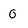
Character: 0